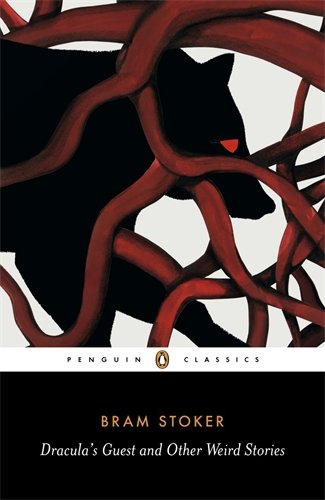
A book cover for Dracula's Guest and Other Weird Tales (Penguin Classics); Bram Stoker; Literature & Fiction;